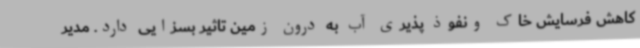
کاهش فرسایش خاک ونفوذ پذیری آب به درون زمین تاثیر بسزایی دارد. مدیر